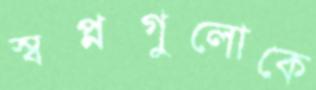
স্বপ্নগুলোকে